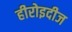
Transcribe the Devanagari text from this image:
हीरोइदीज